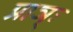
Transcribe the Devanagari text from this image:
प्राञ्ः